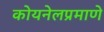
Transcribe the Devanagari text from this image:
कोयनेलप्रमाणे